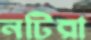
নটিরা